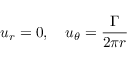
u _ { r } = 0 , \quad u _ { \theta } = { \frac { \Gamma } { 2 \pi r } }